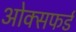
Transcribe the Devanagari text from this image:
ओक्सफर्ड